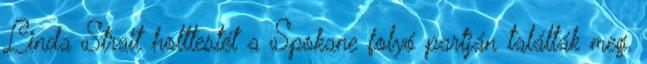
Linda Strait holttestét a Spokane folyó partján találták meg.